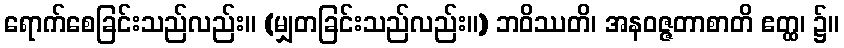
ရောက်စေခြင်းသည်လည်း။ (မျှတခြင်းသည်လည်း။) ဘဝိဿတိ၊ အနဝဇ္ဇတာစာတိ ဧတ္ထ၊ ၌။